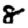
Digit: 8